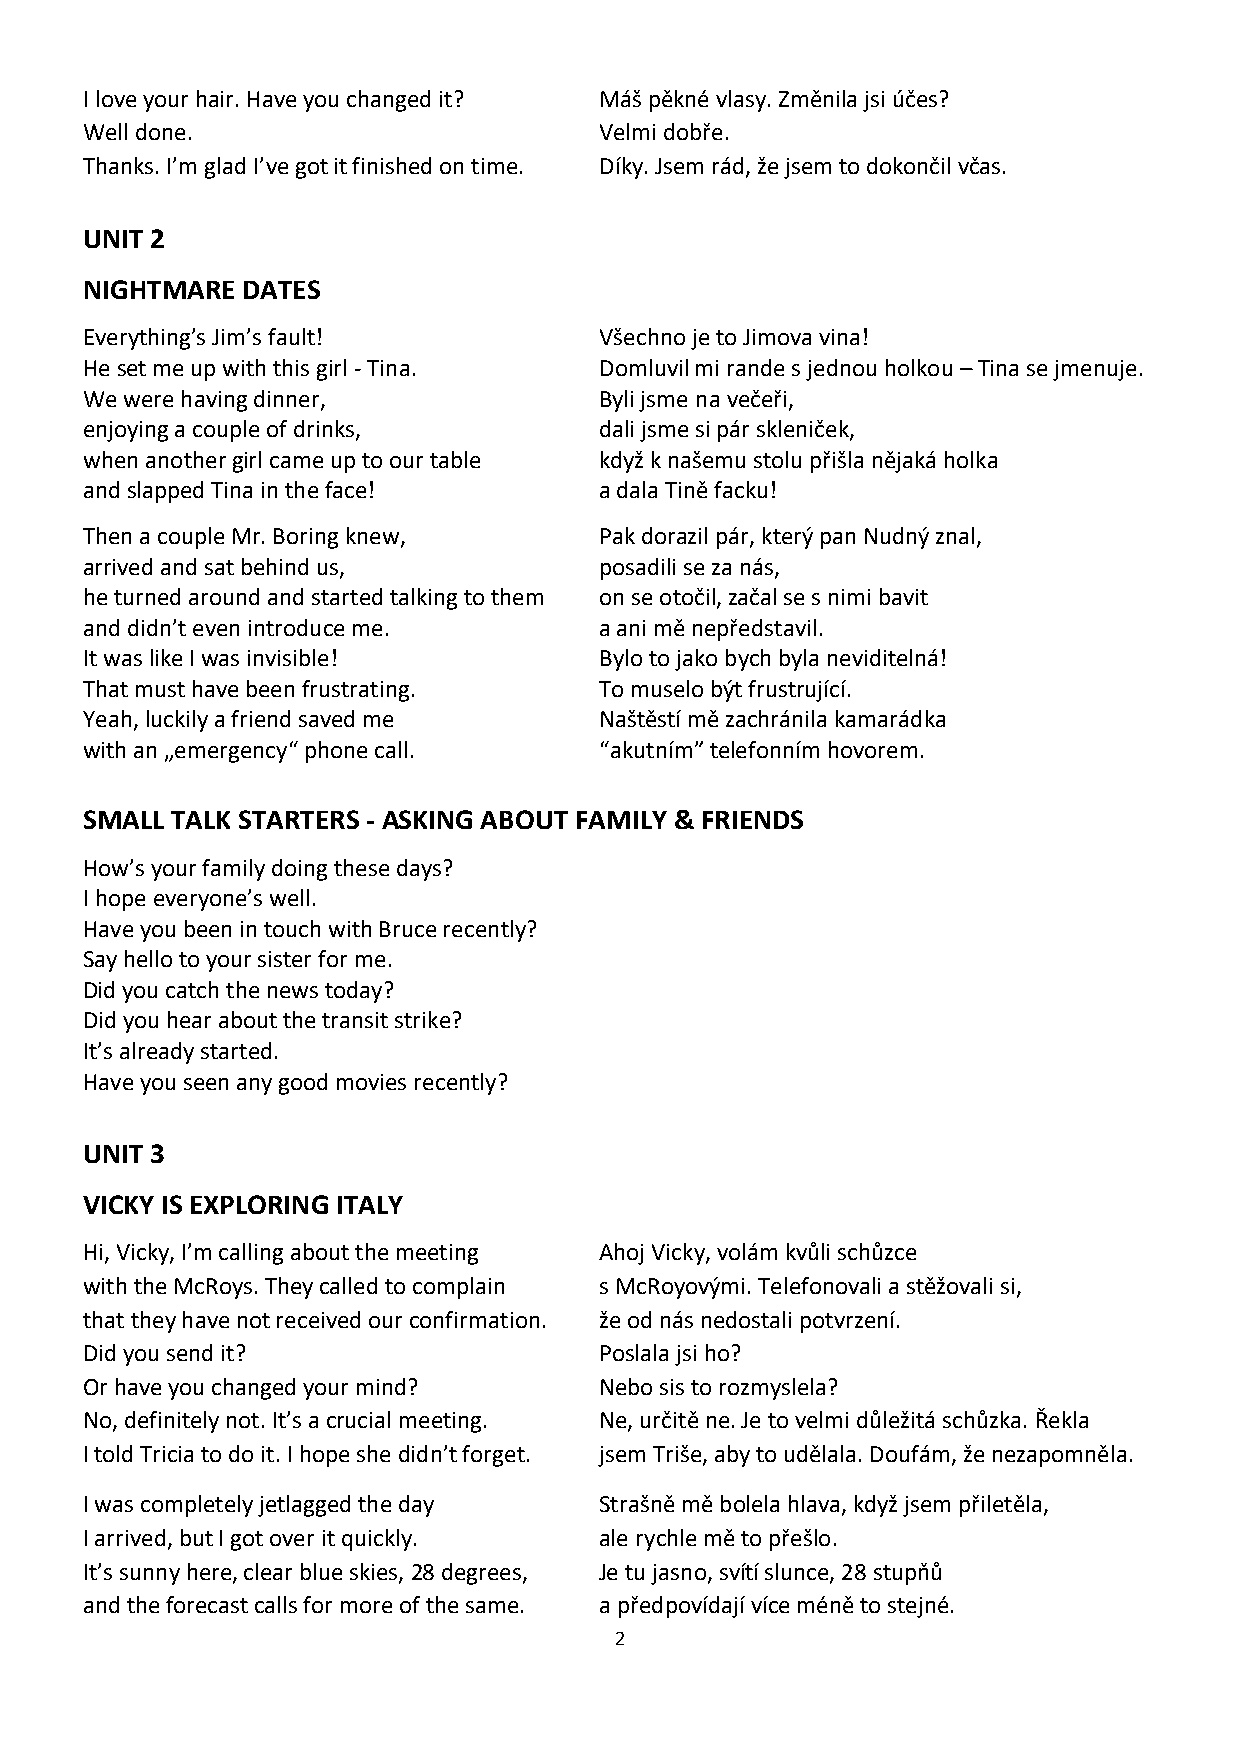
I love your hair. Have you changed it? Máš pěkné vlasy. Změnila jsi účes?
 Well done.                         Velmi dobře.
 Thanks. I’m glad I’ve got it finished on time. Díky. Jsem rád, že jsem to dokončil včas.
 UNIT 2
 NIGHTMARE  DATES
 Everything’s Jim’s fault!          Všechno je to Jimova vina!
 He set me up with this girl - Tina. Domluvil mi rande s jednou holkou – Tina se jmenuje.
 We were having dinner,             Byli jsme na večeři,
 enjoying a couple of drinks,       dali jsme si pár skleniček,
 when another girl came up to our table když k našemu stolu přišla nějaká holka
 and slapped Tina in the face!      a dala Tině facku!
 Then a couple Mr. Boring knew,     Pak dorazil pár, který pan Nudný znal,
 arrived and sat behind us,         posadili se za nás,
 he turned around and started talking to them on se otočil, začal se s nimi bavit
 and didn’t even introduce me.      a ani mě nepředstavil.
 It was like I was invisible!       Bylo to jako bych byla neviditelná!
 That must have been frustrating.   To muselo být frustrující.
 Yeah, luckily a friend saved me    Naštěstí mě zachránila kamarádka
 with an „emergency“ phone call.    “akutním” telefonním hovorem.
 SMALL TALK STARTERS - ASKING ABOUT FAMILY & FRIENDS
 How’s your family doing these days?
 I hope everyone’s well.
 Have you been in touch with Bruce recently?
 Say hello to your sister for me.
 Did you catch the news today?
 Did you hear about the transit strike?
 It’s already started.
 Have you seen any good movies recently?
 UNIT 3
 VICKY IS EXPLORING ITALY
 Hi, Vicky, I’m calling about the meeting Ahoj Vicky, volám kvůli schůzce
 with the McRoys. They called to complain s McRoyovými. Telefonovali a stěžovali si,
 that they have not received our confirmation. že od nás nedostali potvrzení.
 Did you send it?                   Poslala jsi ho?
 Or have you changed your mind?     Nebo sis to rozmyslela?
 No, definitely not. It’s a crucial meeting. Ne, určitě ne. Je to velmi důležitá schůzka. Řekla
 I told Tricia to do it. I hope she didn’t forget. jsem Triše, aby to udělala. Doufám, že nezapomněla.
 I was completely jetlagged the day Strašně mě bolela hlava, když jsem přiletěla,
 I arrived, but I got over it quickly. ale rychle mě to přešlo.
 It’s sunny here, clear blue skies, 28 degrees, Je tu jasno, svítí slunce, 28 stupňů
 and the forecast calls for more of the same. a předpovídají více méně to stejné.
 2